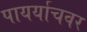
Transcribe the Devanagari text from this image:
पायर्याचवर